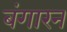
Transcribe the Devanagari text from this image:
बंगारन